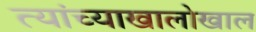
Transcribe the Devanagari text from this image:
त्यांच्याखालोखाल